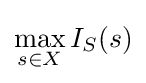
\max _{s\in X}I_{S}(s)